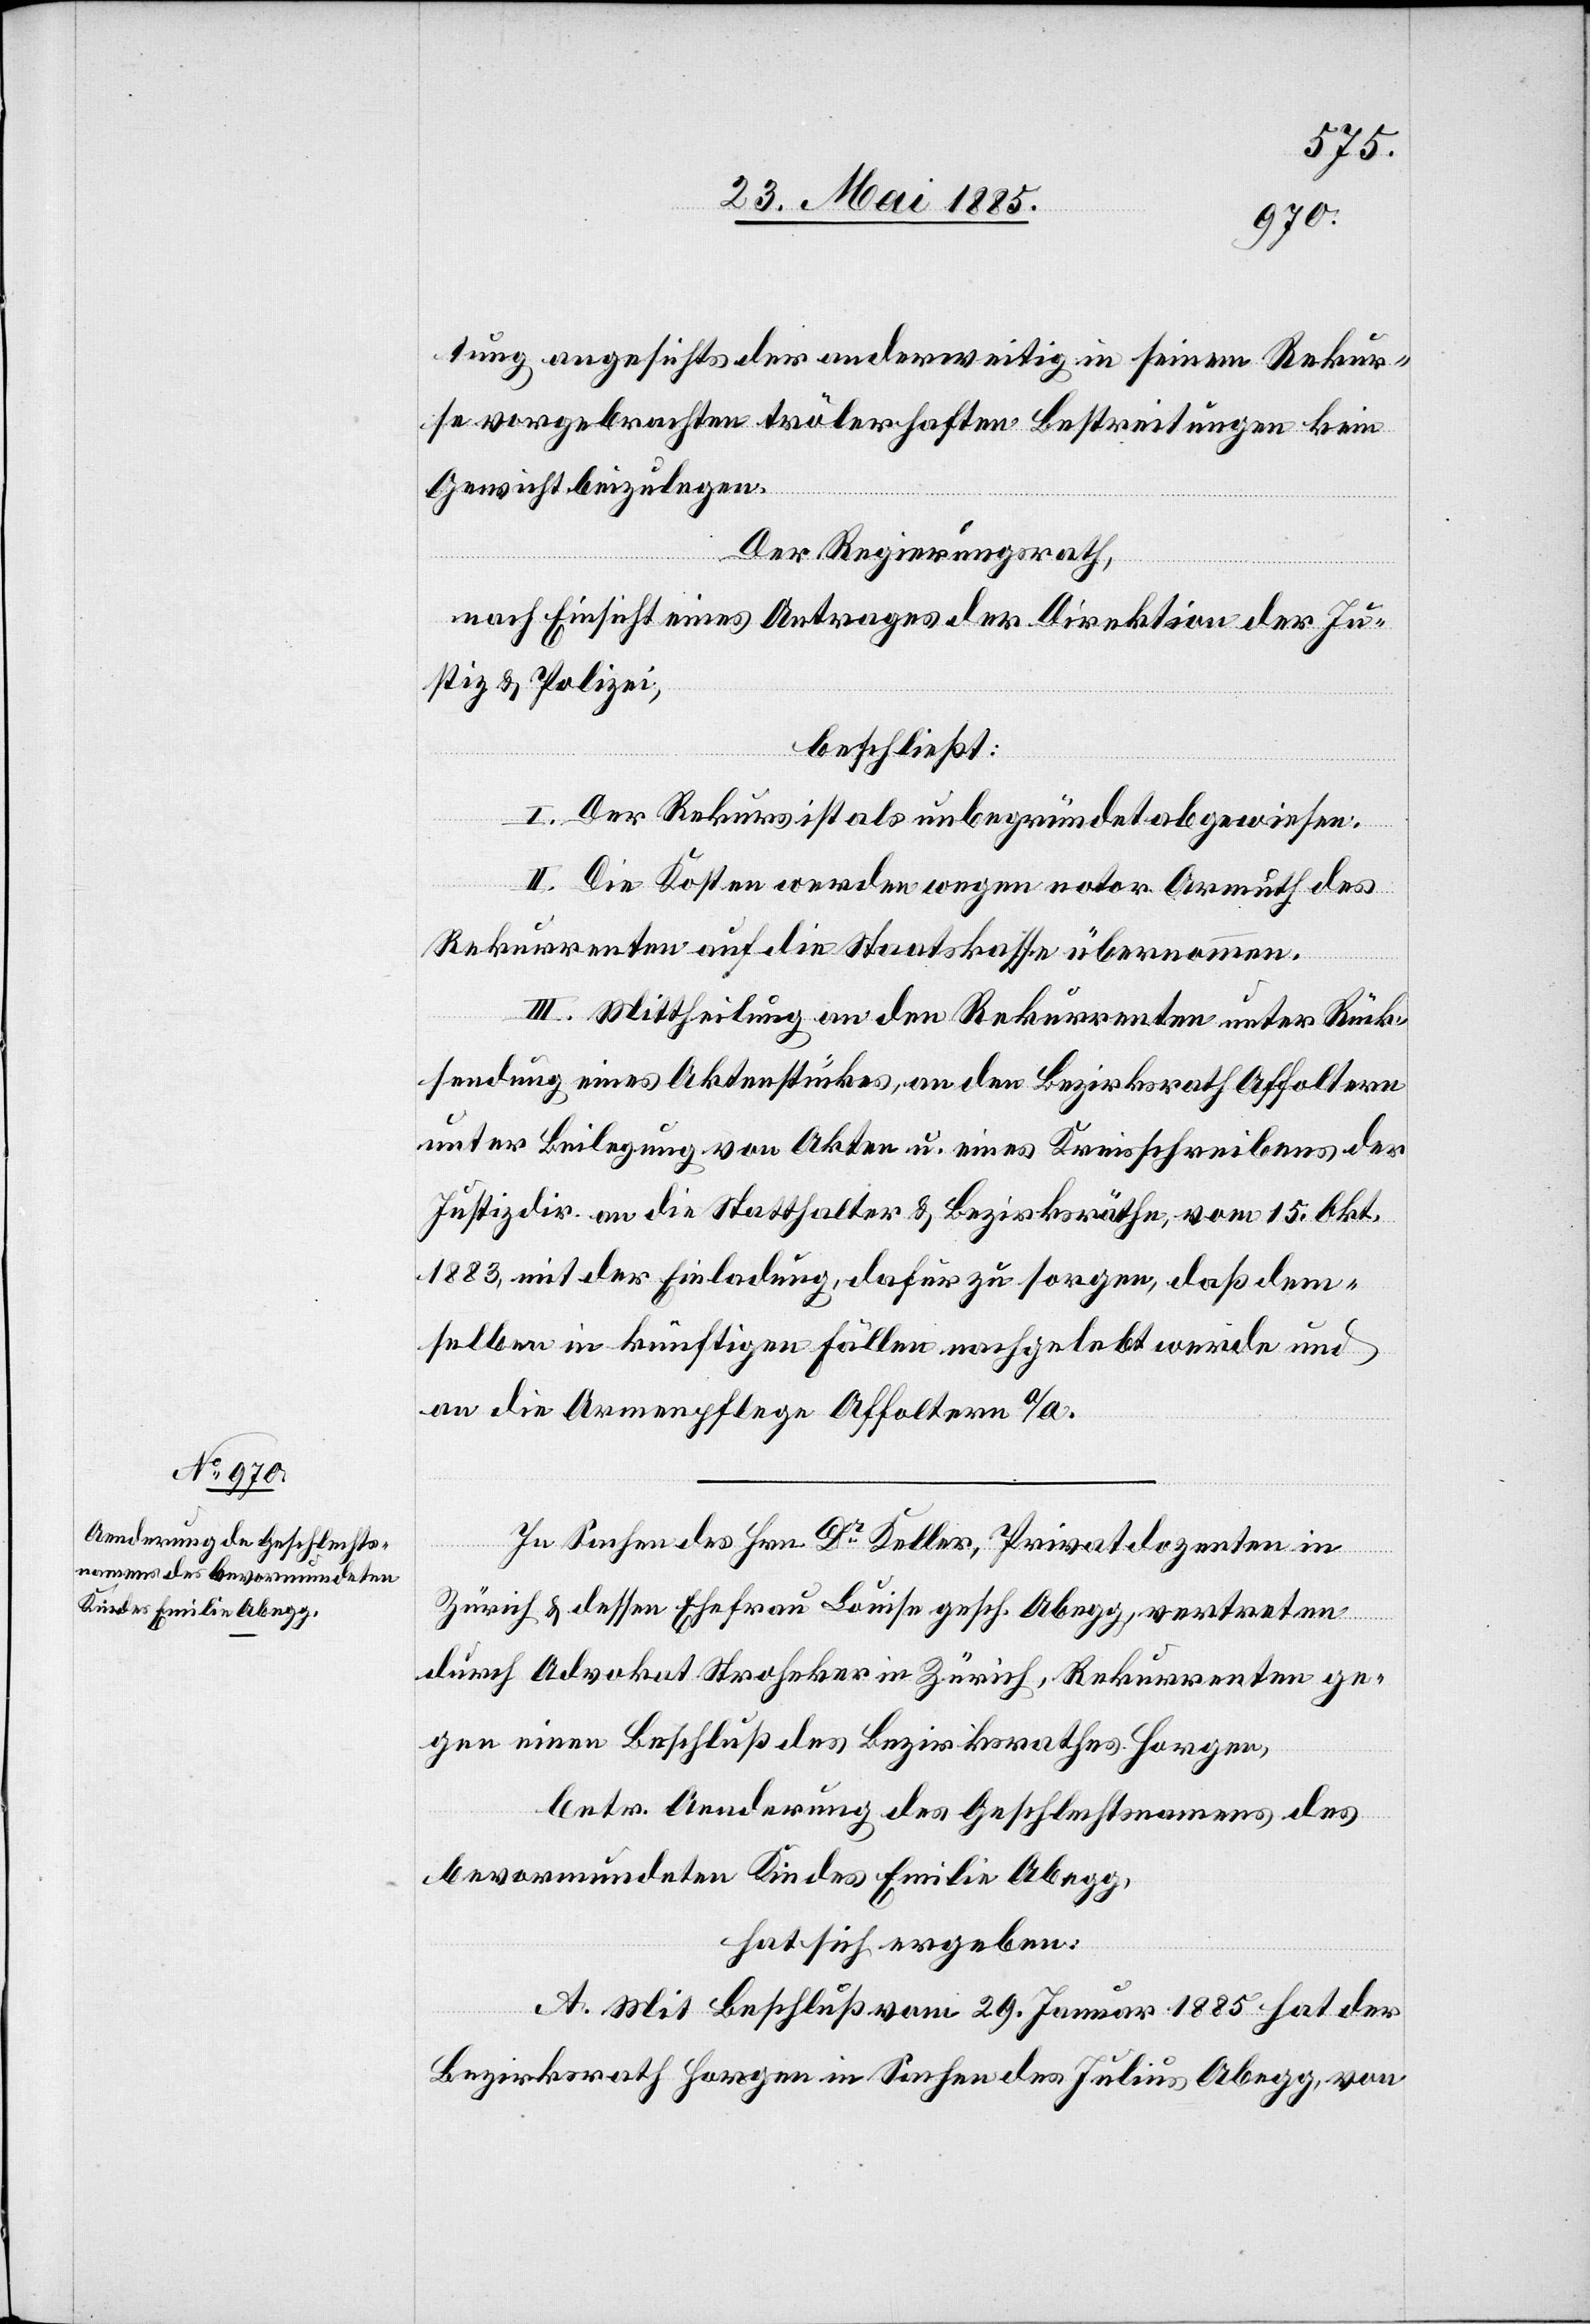
tung angesichts der anderweitig in seinem Rekur¬
se vorgebrachten trölerhaften Bestreitungen kein
Gewicht beizulegen.
Der Regierungsrath,
nach Einsicht eines Antrages der Direktion der Ju¬
stiz & Polizei,
beschließt:
I. Der Rekurs ist als unbegründet abgewiesen.
II. Die Kosten werden wegen notor. Armuth des
Rekurrenten auf die Staatskasse übernommen.
III. Mittheilung an den Rekurrenten unter Rück¬
sendung eines Aktenstückes, an den Bezirksrath Affoltern
unter Beilegung von Akten u. eines Kreisschreibens der
Justizdir. an die Statthalter & Bezirksräthe, vom 15. Okt.
1883, mit der Einladung, dafür zu sorgen, daß dem¬
selben in künftigen Fällen nachgelebt werde und
an die Armenpflege Affoltern a/A.
In Sachen des Hrn. Dr Keller, Privatdozenten in
Zürich & dessen Ehefrau Louise gesch. Abegg, vertreten
durch Advokat Stroheker in Zürich, Rekurrenten ge¬
gen einen Beschluß des Bezirksrathes Horgen,
betr. Aenderung des Geschlechtsnamens des
bevormundeten Kindes Emilie Abegg,
hat sich ergeben:
A. Mit Beschluß vom 29. Januar 1885 hat der
Bezirksrath Horgen in Sachen des Julius Abegg, von